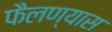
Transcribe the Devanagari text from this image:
फैलण्यास